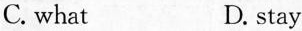
C. what D. stay